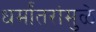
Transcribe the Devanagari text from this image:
धर्मांतरांमुळे